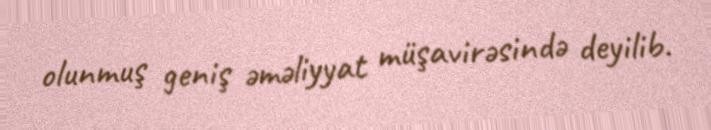
olunmuş geniş əməliyyat müşavirəsində deyilib.